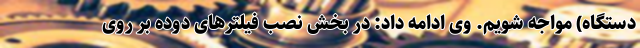
دستگاه) مواجه شویم. وی ادامه داد: در بخش نصب فیلترهای دوده بر روی